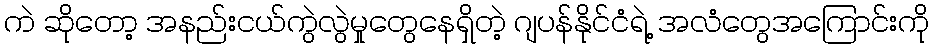
ကဲ ဆိုတော့ အနည်းငယ်ကွဲလွဲမှုတွေနေရှိတဲ့ ဂျပန်နိုင်ငံရဲ့ အလံတွေအကြောင်းကို